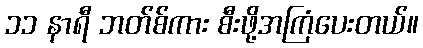
၁၁ နာရီ ဘတ်စ်ကား စီးဖို့အကြံပေးတယ်။